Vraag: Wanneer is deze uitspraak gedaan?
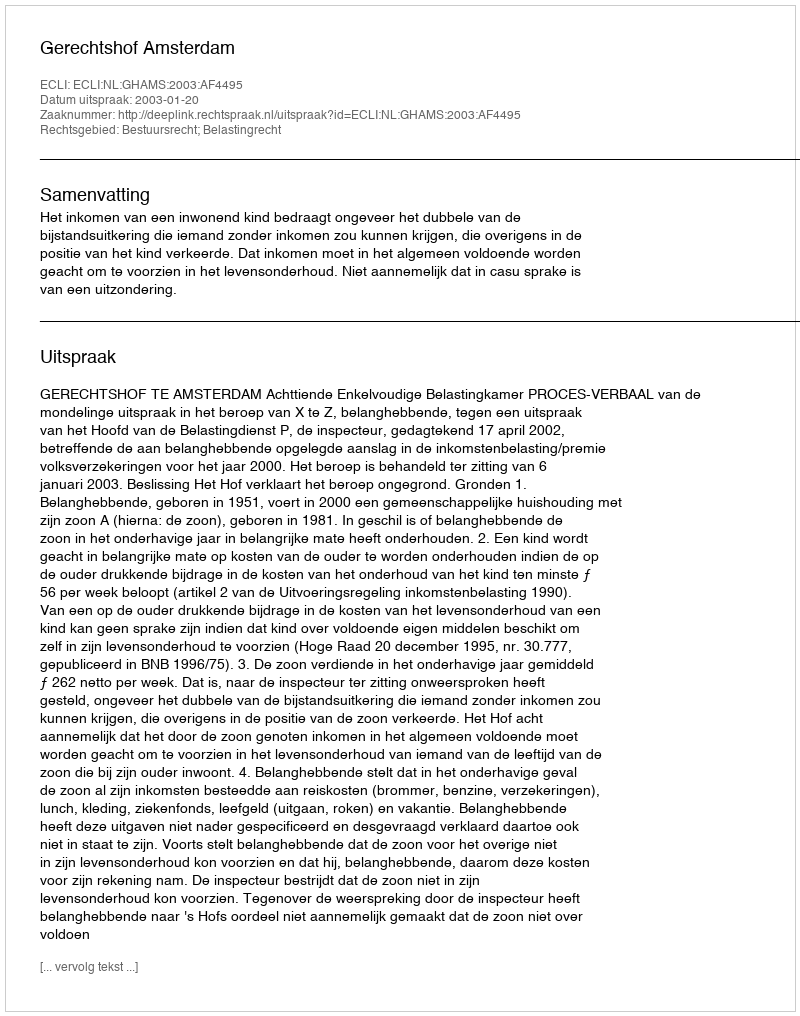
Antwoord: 2003-01-20